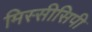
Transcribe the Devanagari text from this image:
मिस्सीसिपी